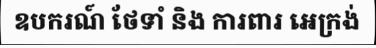
ឧបករណ៍ ថែទាំ និង ការពារ អេក្រង់